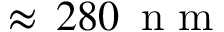
\approx \, 2 8 0 \, \mathrm { ~ n ~ m ~ }